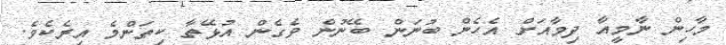
މާހިން ނާމީއާ ދިމާއަށް އެހެން ބުނަން ބޭނުން ވެގެން އުޅޭތާ ކިތަންމެ އިރެކެވެ.